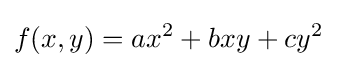
f(x,y)=ax^{2}+bxy+cy^{2}